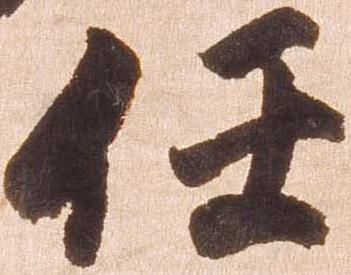
任